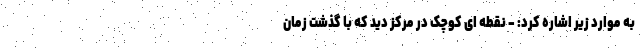
به موارد زیر اشاره کرد: - نقطه ای کوچک در مرکز دید که با گذشت زمان